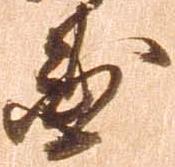
国